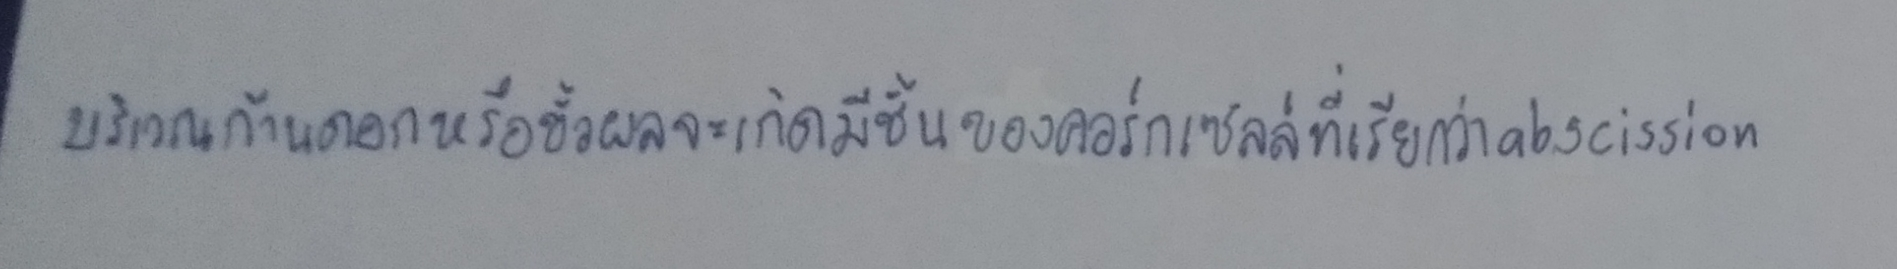
บริเวณก้านดอกหรือขั้วผลจะเกิดมีชั้นของคอร์กเซลล์ที่เรียกว่าabscission